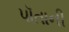
પૉતાની